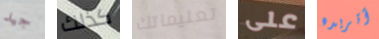
جيد كذلك تعليماتك على أتريده